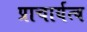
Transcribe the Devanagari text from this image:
प्राचार्यत्व